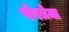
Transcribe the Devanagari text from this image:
पोस्त्रेमा